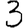
Digit: 3